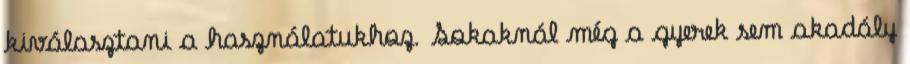
kiválasztani a használatukhoz. Sokaknál még a gyerek sem akadály